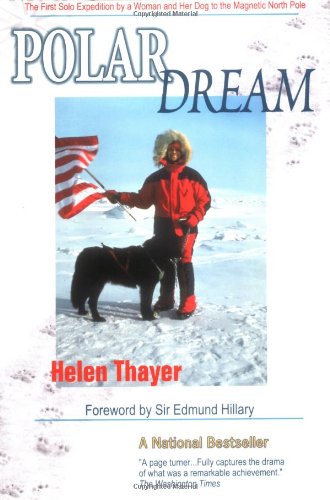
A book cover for Polar Dream: The First Solo Expedition by a Woman and Her Dog to the Magnetic North Pole; Helen Thayer; Science & Math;